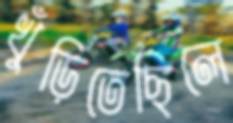
খুঁড়িতেছিলে